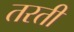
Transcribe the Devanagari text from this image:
तरती